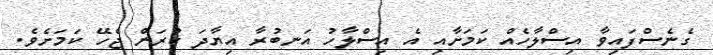
ގެނެސްފައިވާ އިސްލާހެއް ކަމަށާއި އެ އިސްލާހު އަނބުރާ އިޔާދަ ކުރަން ޖެހޭ ކަމަށެވެ.